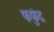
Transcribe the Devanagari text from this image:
फफुंद